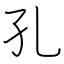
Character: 孔